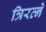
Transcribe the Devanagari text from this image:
त्रिरत्ने